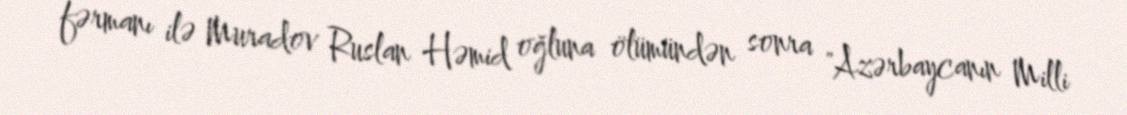
fərmanı ilə Muradov Ruslan Həmid oğluna ölümündən sonra "Azərbaycanın Milli